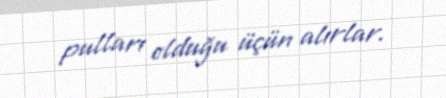
pulları olduğu üçün alırlar.